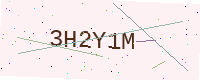
Text: 3H2Y1M